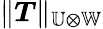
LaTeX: \lVert\boldsymbol{T}\rVert_{\mathbb{U}\otimes\mathbb{W}}